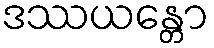
ဒဿယန္တော